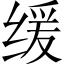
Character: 缓